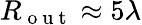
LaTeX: R_{\mathrm{~o~u~t~}}\approx 5\lambda